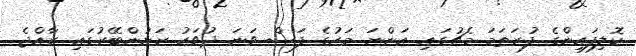
ކޮލިފައިންގެ ފުރަތަމަ މެޗުގައި އަންނަ މަހުގެ ފަސް ވަނަ ދުވަހު ރަށުންބޭރުގައި ރާއްޖެ